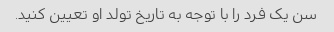
سن یک فرد را با توجه به تاریخ تولد او تعیین کنید.